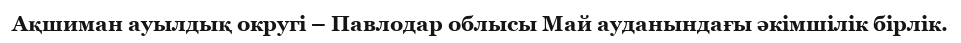
Ақшиман ауылдық округі – Павлодар облысы Май ауданындағы әкімшілік бірлік.